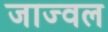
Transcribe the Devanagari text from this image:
जाज्वल